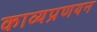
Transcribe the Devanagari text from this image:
काव्यप्रणयन